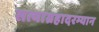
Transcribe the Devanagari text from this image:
सत्याग्रहादरम्यान